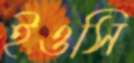
ইওসি